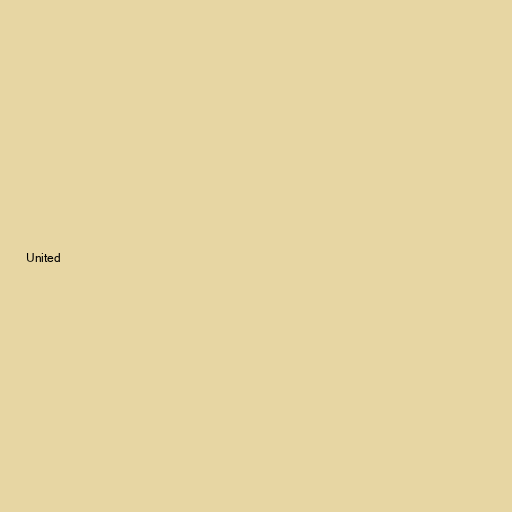
United